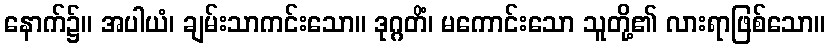
နောက်၌။ အပါယံ၊ ချမ်းသာကင်းသော။ ဒုဂ္ဂတိံ၊ မကောင်းသော သူတို့၏ လားရာဖြစ်သော။